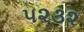
૫૨૩૨